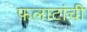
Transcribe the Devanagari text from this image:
फलाटांची